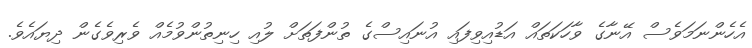
އެހެންނަމަވެސް އޭނާގެ ވާހަކަތައް އަޑުއިވިފައި އުނައިސްގެ ތުންފަތަށް ލުއި ހިނިތުންވުމެއް ވެރިވެގެން ދިޔައެވެ.